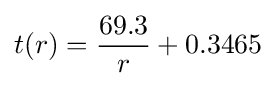
t(r)={\frac {69.3}{r}}+0.3465